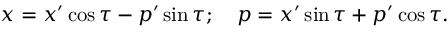
\begin{array} { r } { x = x ^ { \prime } \cos \tau - p ^ { \prime } \sin \tau ; \ \ \ p = x ^ { \prime } \sin \tau + p ^ { \prime } \cos \tau . } \end{array}